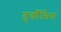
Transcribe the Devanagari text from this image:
तुर्कौलिया